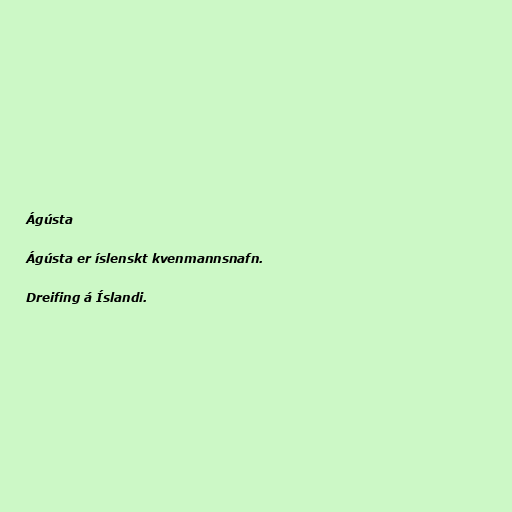
Ágústa

Ágústa er íslenskt kvenmannsnafn.

Dreifing á Íslandi.